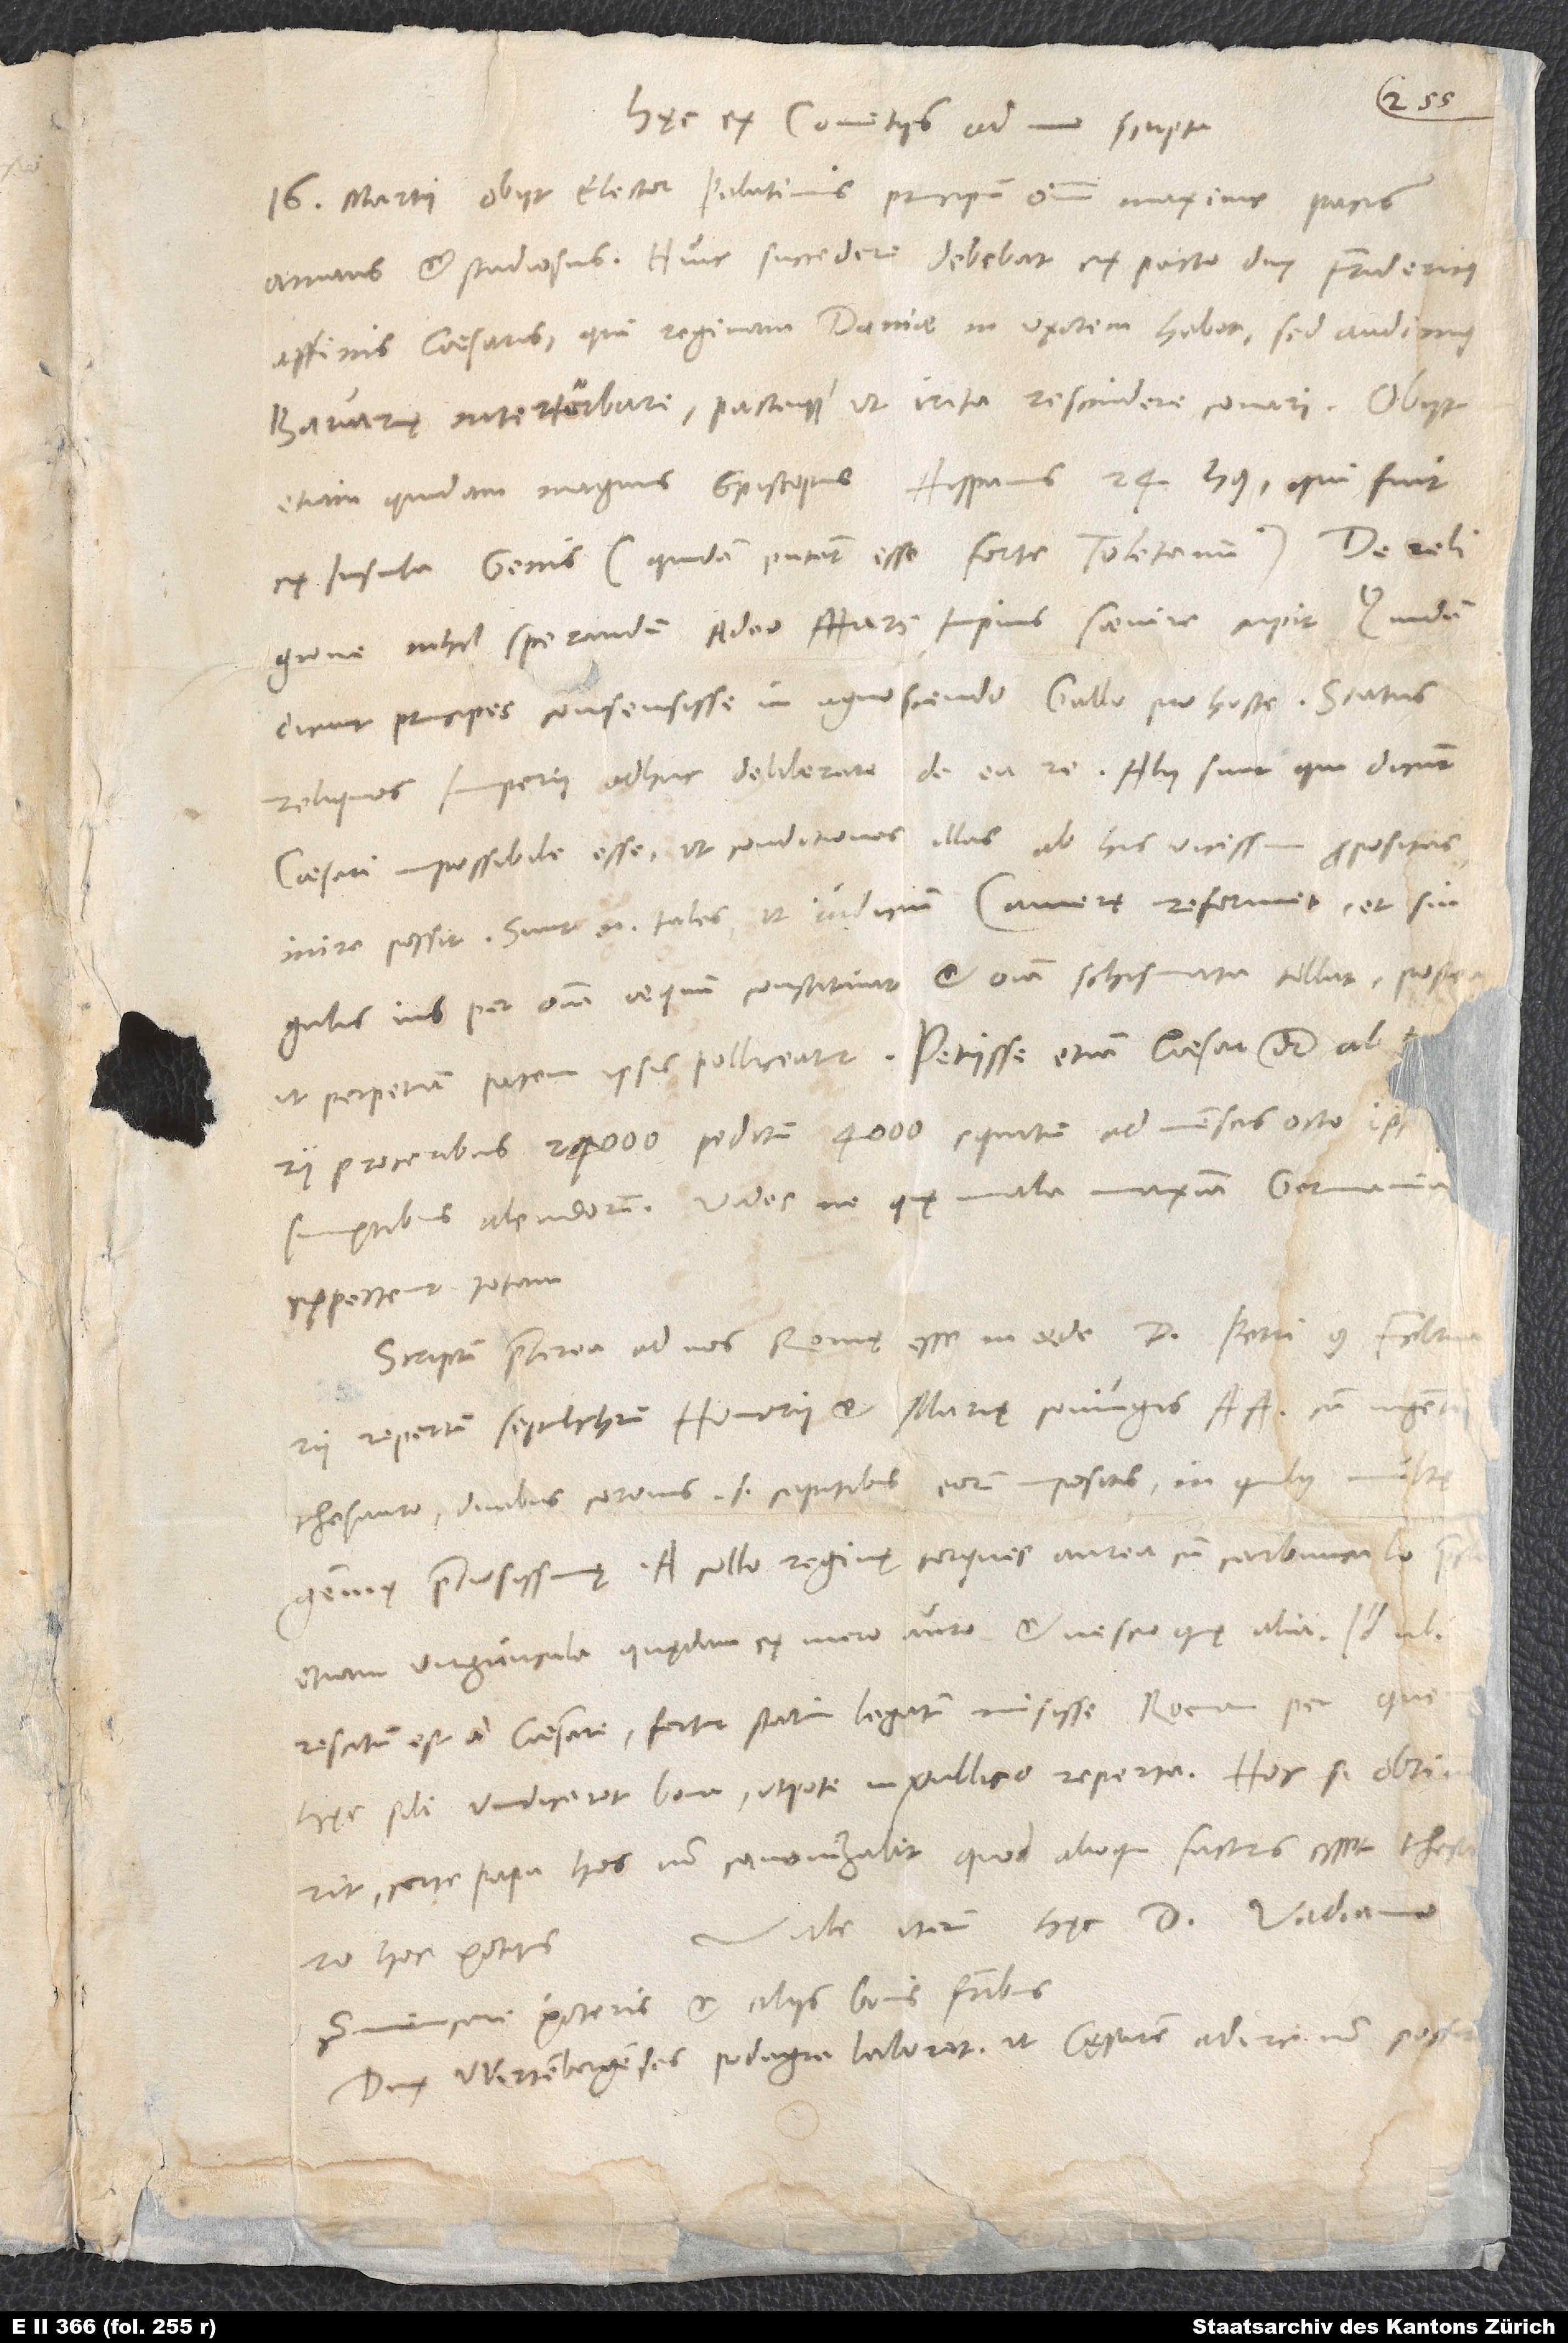
Hęc ex comitiis ad me scripta:
„16. martii obiit elector Palatinus, principum omnium maxime pacis
amans et studiosus. Huic succedere debebat ex pacto dux Fridericus,
affinis caesaris, qui reginam Danię in uxorem habet; sed audimus
Bavarię interturbare pactaque ut irrita rescindere conari. Obiit
etiam quidam magnus episcopus Hispanus 24. huius, qui fuit
ex insula Genis (quidam putant esse forte Toletanum). De religione
nihil sperandum, adeo Mars impius saevire cupit. Quidam
dicunt principes consensisse in agnoscendo Gallo pro hoste, status
caesari impossibile esse, ut conditiones illas ab his vicissim propositas
inire possit; sunt enim tales, ut iudicium camerę reformet et singulis
ius per omnia aequum constituat et omnia schismata tollat, postea
ut perpetuam pacem ipsis polliceatur. Petiisse etiam caesar dicitur ab
expectent totam?“
Scriptum praeterea ad nos Romę esse in aede d, etiam virguncula
rescitum est a caesare, fertur statim legatum misisse Romam, per quem
hęc sibi vindicaret bona utpote in publico reperta. Hoc si obtinuerit,
certe papa hos non canonizabit, quod alioqui facturus esset thesauro
Vale iterum. Hęc d. Vadiano
hoc potitus.
communicare poteris et aliis bonis fratribus.
Dux Wirtembergensis podagra laborat, ut cęsarem adire non possit.